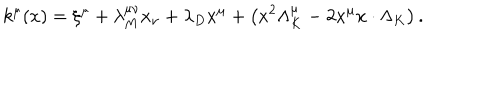
k ^ { \mu } ( x ) = \xi ^ { \mu } + \lambda _ { M } ^ { \mu \nu } x _ { \nu } + \lambda _ { D } x ^ { \mu } + \left( x ^ { 2 } \Lambda _ { K } ^ { \mu } - 2 x ^ { \mu } x \cdot \Lambda _ { K } \right) .